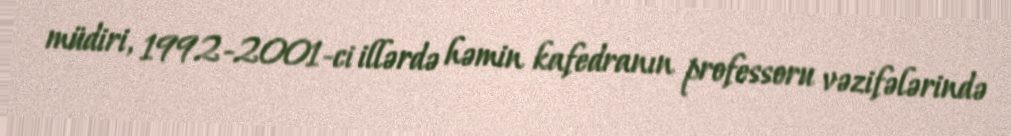
müdiri, 1992-2001-ci illərdə həmin kafedranın professoru vəzifələrində